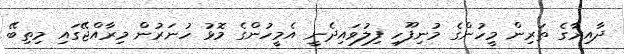
ދާއިރާގެ ތަރިން މީހުންގެ މުނިފޫހި ފިލުވައިދެނީ އެމީހުންގެ މޮޅު ހުނަރުން މިރާއްޖޭގައި މިތިބޭ